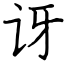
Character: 讶